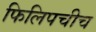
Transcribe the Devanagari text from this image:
फिलिपचीच